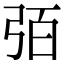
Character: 㢶